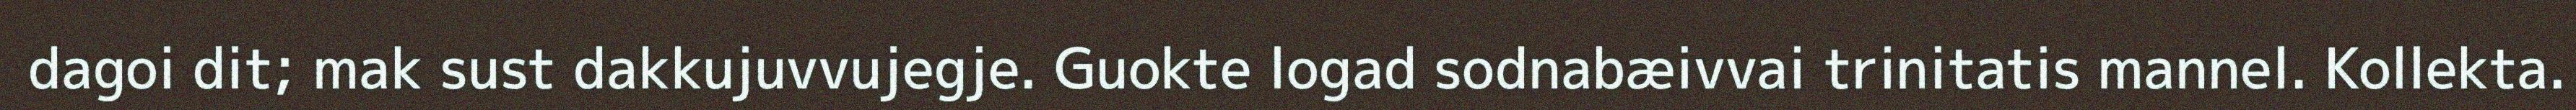
dagoi dit; mak sust dakkujuvvujegje. Guokte logad sodnabæivvai trinitatis mannel. Kollekta.